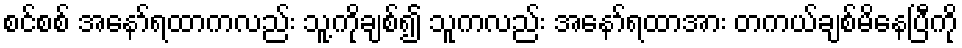
စင်စစ် အနော်ရထာကလည်း သူ့ကိုချစ်၍ သူကလည်း အနော်ရထာအား တကယ်ချစ်မိနေပြီကို